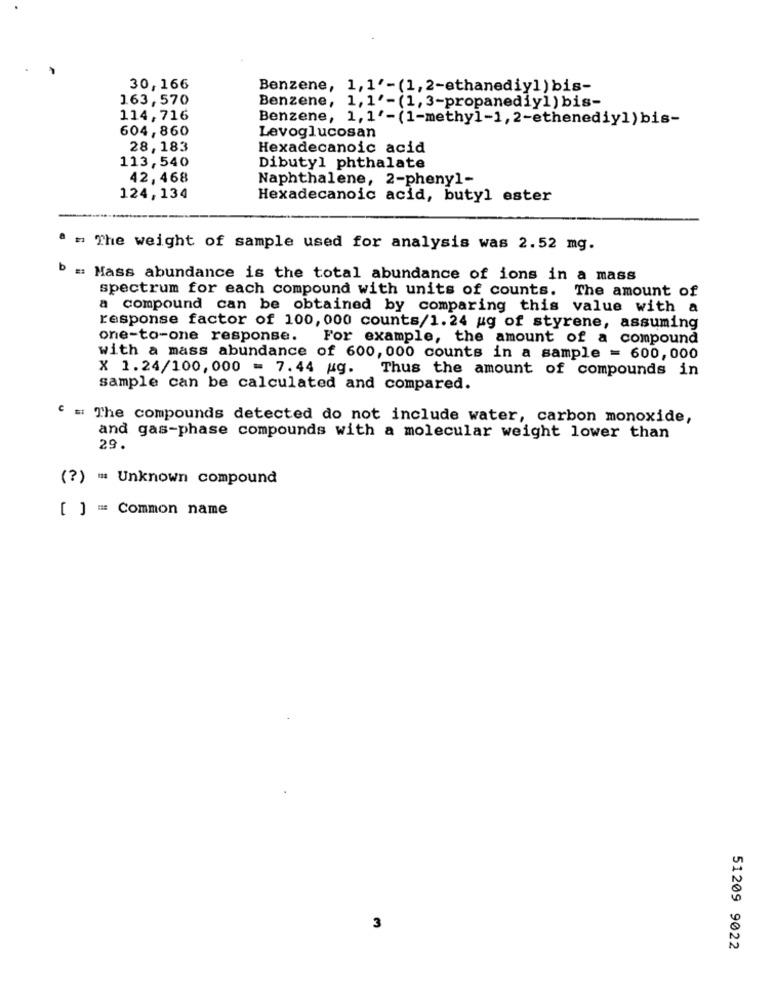
30,166
Benzene, 1,1'-(1,2-ethanediy] )bis-
163,570
Benzene, 1, 1'-(1, 3-propanediy1) bis-
114,716
Benzene, 1, 1'-(1-methyl-1, 2-ethenediy])bis-
604, 860
Levoglucosan
28, 183
Hexadecanoic acid
113,540
Dibutyl phthalate
42, 468
Naphthalene, 2-phenyl-
124,134
Hexadecanoic acid, butyl ester
a = The weight of sample used for analysis was 2.52 mg.
b =: Mass abundance is the total abundance of ions in a mass
spectrum for each compound with units of counts. The amount of
a compound can be obtained by comparing this value with a
response factor of 100, 000 counts/1.24 ug of styrene, assuming
one-to-one response. For example, the amount of a compound
with a mass abundance of 600, 000 counts in a sample = 600,000
X 1.24/100, 000 = 7.44 ug. Thus the amount of compounds in
sample can be calculated and compared.
' = The compounds detected do not include water, carbon monoxide,
and gas-phase compounds with a molecular weight lower than
29.
(?) = Unknown compound
[ ] = Common name
3
51209 9022